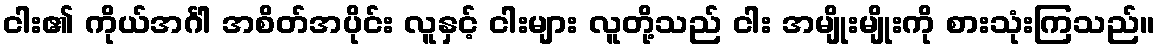
ငါး၏ ကိုယ်အင်္ဂါ အစိတ်အပိုင်း လူနှင့် ငါးများ လူတို့သည် ငါး အမျိုးမျိုးကို စားသုံးကြသည်။